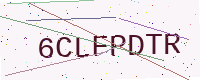
Text: 6CLFPDTR